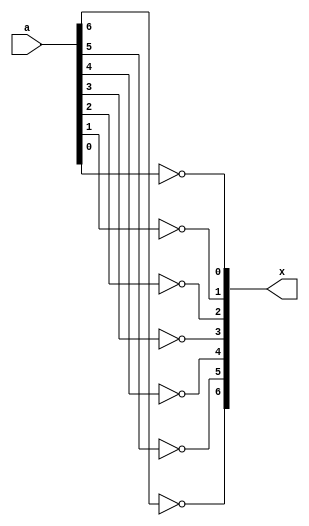
`timescale 1ns / 1ps
//////////////////////////////////////////////////////////////////////////////////
// Company: 
// Engineer: 
// 
// Design Name: 
// Module Name: inverter
// Project Name: 
// Target Devices: 
// Tool Versions: 
// Description: 
// 
// Dependencies: 
// 
// Revision:
// Revision 0.01 - File Created
// Additional Comments:
// 
//////////////////////////////////////////////////////////////////////////////////


module inverter(

    input [6:0] a,
    output [6:0] x
    );
    
  
    assign x[6] = ~a[6];
    assign x[5] = ~a[5];
    assign x[4] = ~a[4];
    assign x[3] = ~a[3];
    assign x[2] = ~a[2];
    assign x[1] = ~a[1];
    assign x[0] = ~a[0];
  
  
endmodule